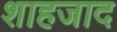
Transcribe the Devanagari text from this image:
शाहजाद